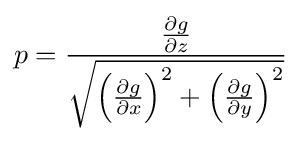
p={\frac {\frac {\partial g}{\partial z}}{\sqrt {\left({\frac {\partial g}{\partial x}}\right)^{2}+\left({\frac {\partial g}{\partial y}}\right)^{2}}}}